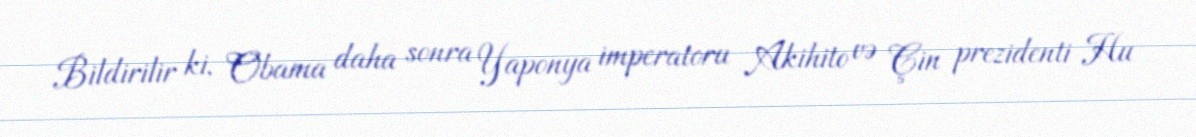
Bildirilir ki, Obama daha sonra Yaponya imperatoru Akihito və Çin prezidenti Hu